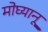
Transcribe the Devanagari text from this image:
मोघ्यानू